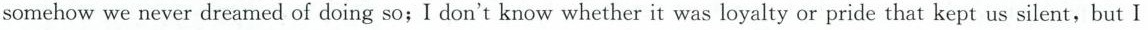
somehow we never dreamed of doing so; I don't know whether it was loyalty or pride that kept us silent,but I